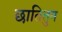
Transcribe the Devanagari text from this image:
छातितुन